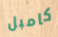
كامبل